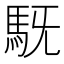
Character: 𮩷